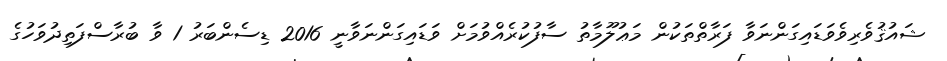
ޝައުޤުވެރިވެވަޑައިގަންނަވާ ފަރާތްތަކުން މަޢުލޫމާތު ސާފުކުރެއްވުމަށް ވަޑައިގަންނަވާނީ 2016 ޑިސެންބަރު 1 ވާ ބުރާސްފަތިދުވަހުގެ